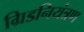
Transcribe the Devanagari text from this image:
ग्रिडनियंत्रण